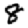
Digit: 8